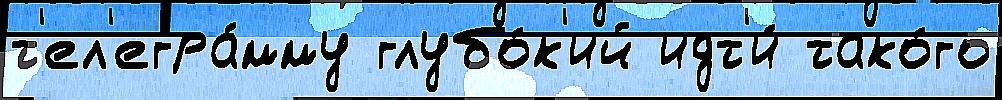
т'ел'егра́мму глубо́к'ий идт'и́ тако́го